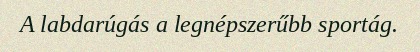
A labdarúgás a legnépszerűbb sportág.